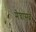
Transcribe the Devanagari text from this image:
मेघासवे